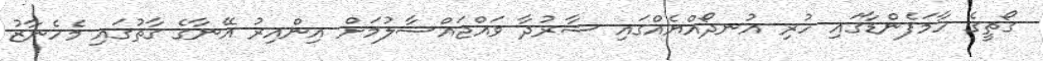
ގޯތީގެ ހާމަފެންޑާގައި ހުރި އުނދޯއްޔެއްގައި ޝާރުދާ ވައްޖައްސާލުމަށް އިންއިރު އޭނާގެ ގާތުގައި މެހެނާޒު